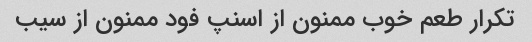
تکرار طعم خوب ممنون از اسنپ فود ممنون از سیب